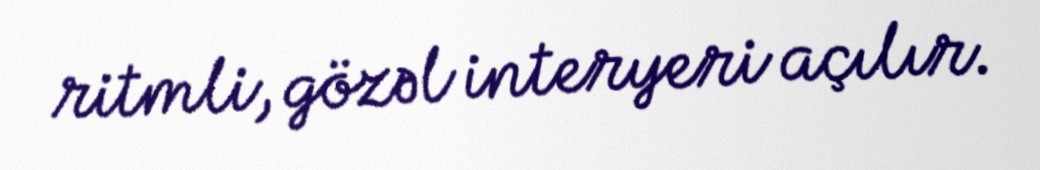
ritmli, gözəl interyeri açılır.